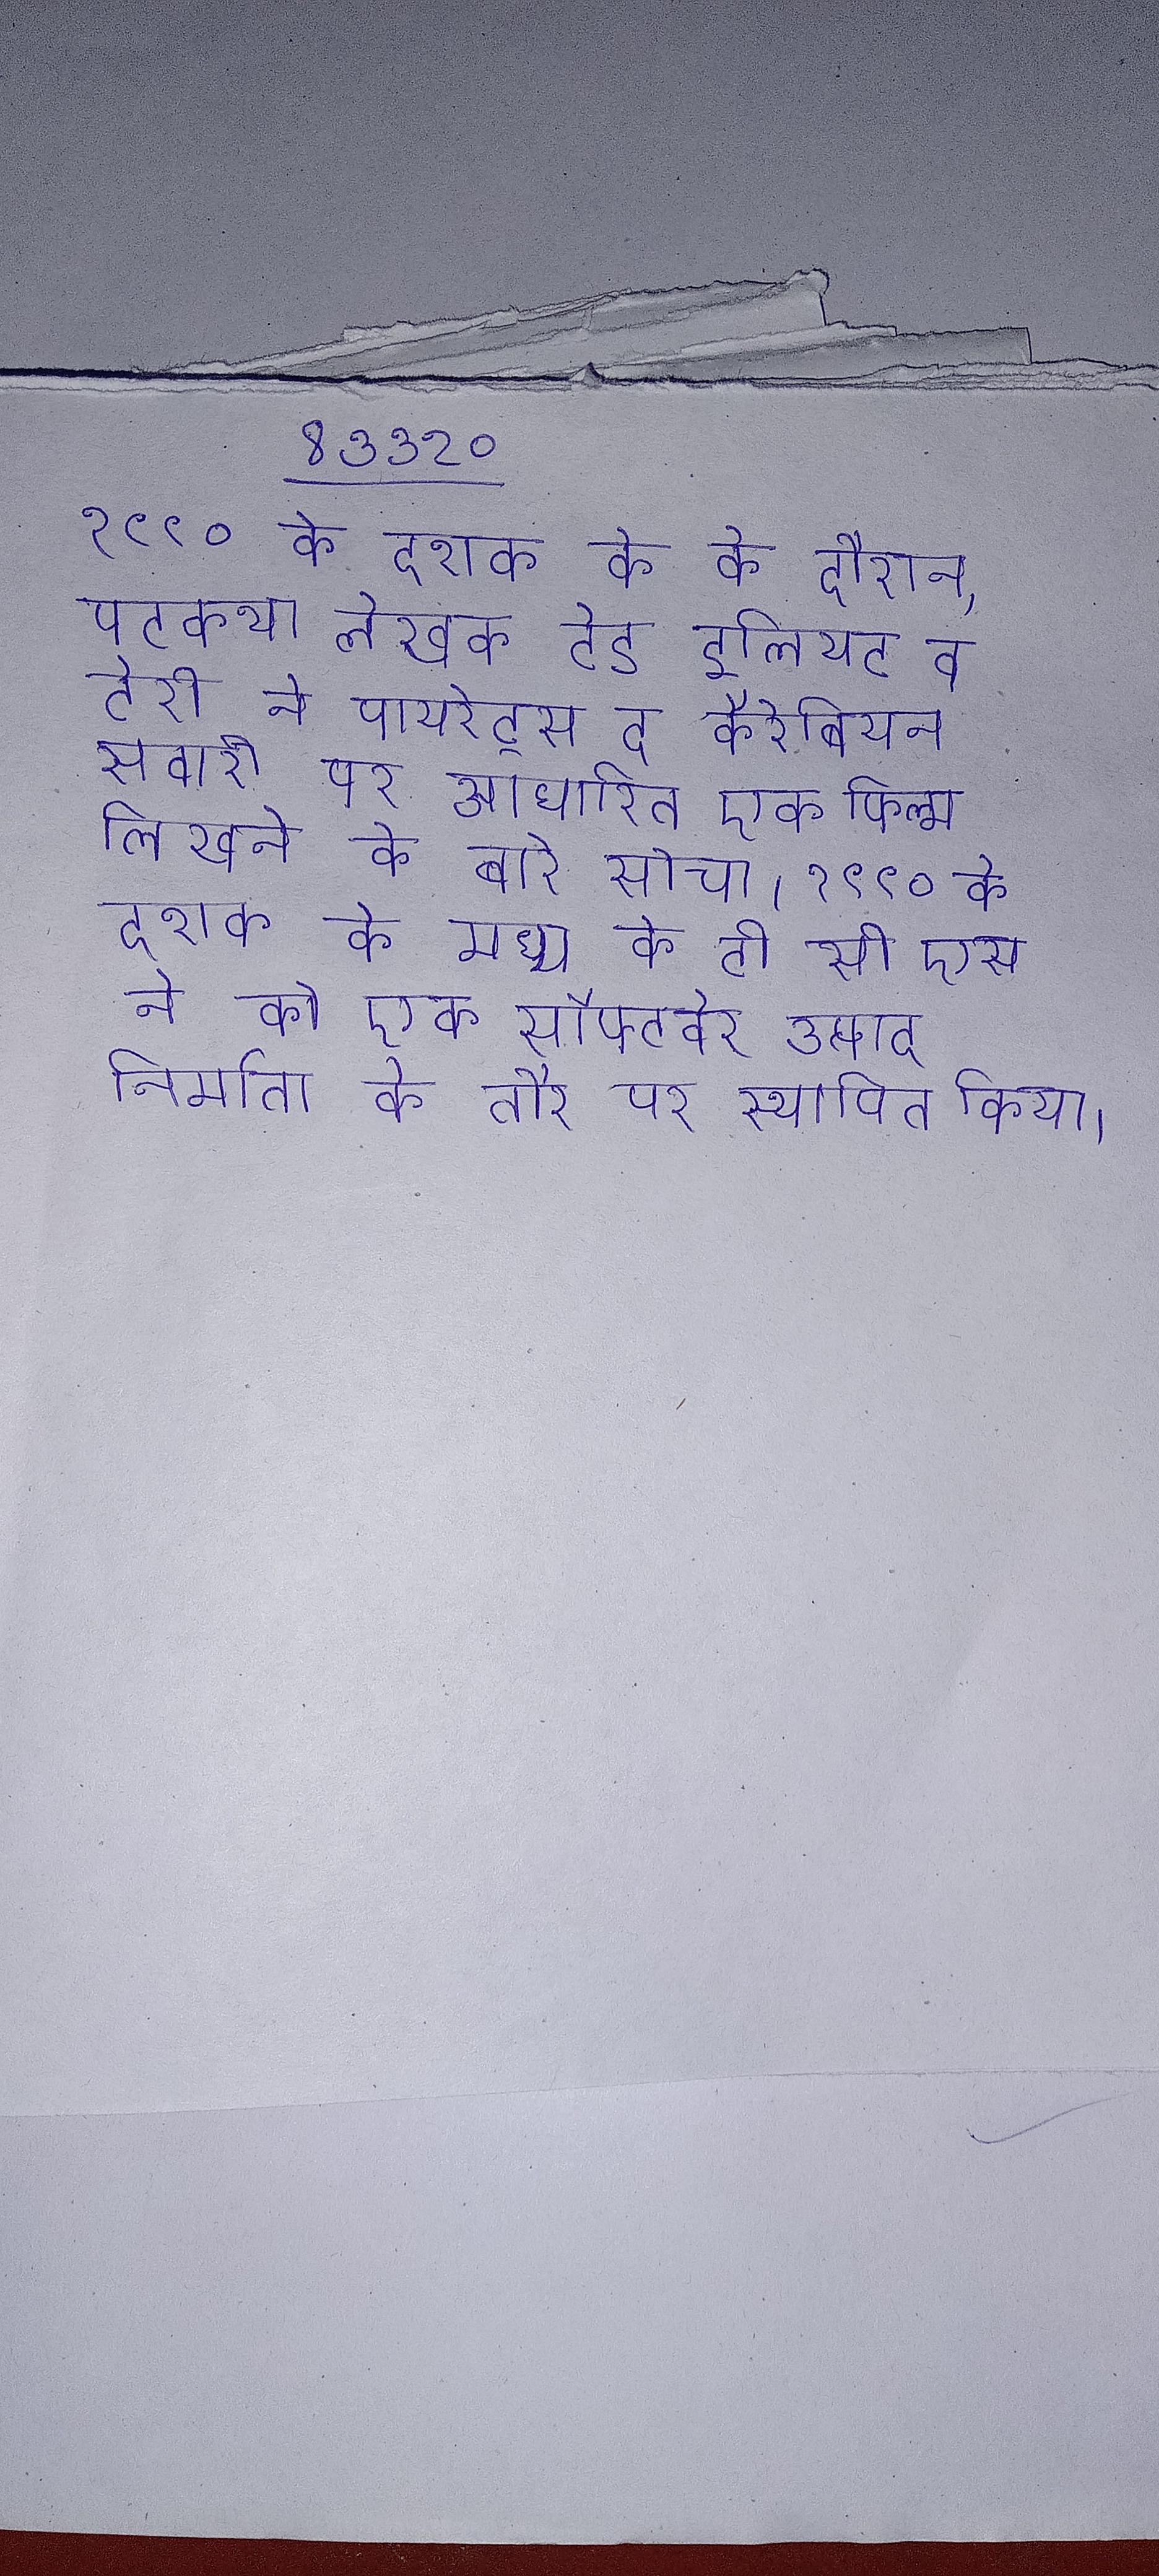
१९९० के दशक के के दौरान, पटकथा लेखक टेड इलियट व टेरी ने पायरेट्स द कैरेबियन सवारी पर आधारित एक फिल्म लिखने के बारे सोचा । १९९० के दशक के मध्य के टी सी एस ने को एक सॉफ्टवेर उत्पाद निर्माता के तौर पर स्थापित किया ।